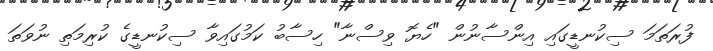
ފުރަތަމަ ސިކުނޑީގައި އިންސާނުން "ހެޔޮ ވިސްނާ" ހިސާބު ކަމުގައިވާ ސިކުނޑީގެ ކުރިމަތި ނުވަތަ